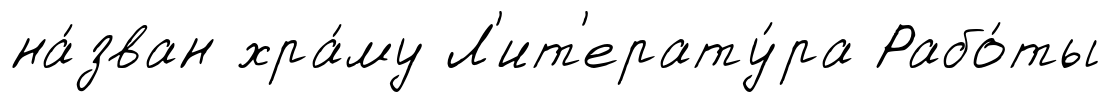
на́зван хра́му Л'ит'ерату́ра Рабо́ты